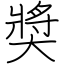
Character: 奬